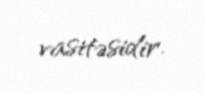
vasitəsidir.